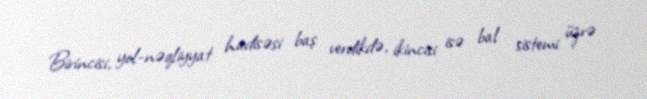
Birincisi, yol-nəqliyyat hadisəsi baş verdikdə, ikincisi isə bal sistemi üzrə